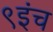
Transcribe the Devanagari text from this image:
९इंच